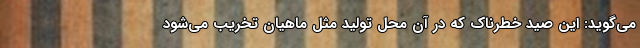
می‌گوید: این صید خطرناک که در آن محل تولید مثل ماهیان تخریب می‌شود